Insane asylums in Bengal annual reports 1876-1887 - 1876-1887
Year: 1876
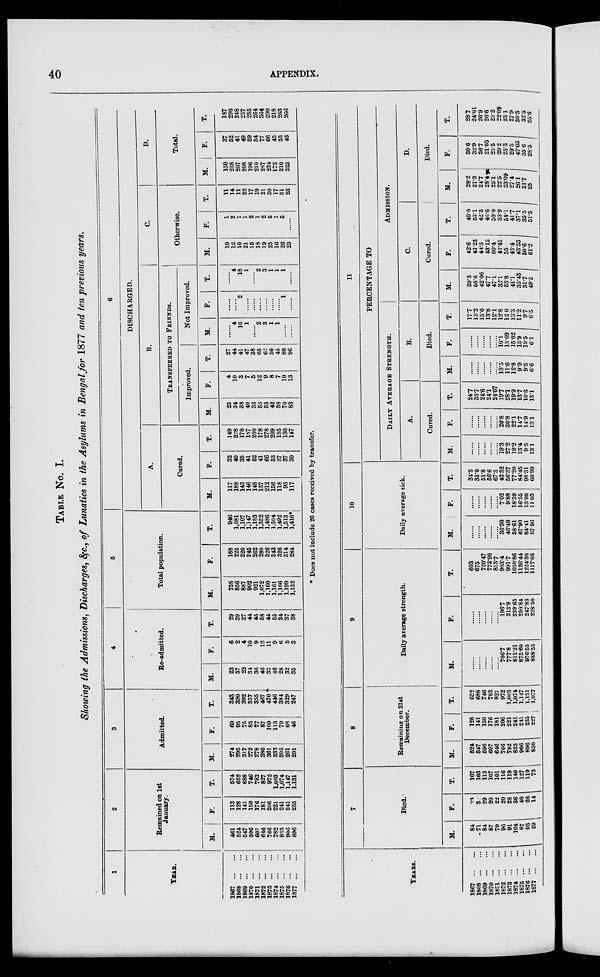
40
APPENDIX.
TABLE No. I.
Showing the Admissions, Discharges, &c., of Lunatics in the Asylums in Bengal for 1877 and ten previous years.
1
YEAR.
1867
...
...
1868
...
...
1869
...
...
1870
...
...
1871
...
...
1872
...
...
1873
...
...
1874
...
...
1875
...
...
1876
...
...
1877
...
...
2
Remained on 1st
January.
M.
461
524
547
596
607
646
766
782
833
906
896
F.
113
128
141
150
176
181
206
221
241
241
235
T.
574
652
688
746
783
827
972
1,003
1,074
1,147
1,131
3
Admitted.
M.
274
295
317
272
278
380
361
333
305
261
201
F.
69
95
75
85
77
87
109
113
79
68
46
T.
343
390
392
357
355
467
470
446
384
329
247
4
Re-admitted.
M.
23
37
23
34
36
46
33
46
28
32
35
F.
6
2
4
10
9
12
11
9
6
5
3
T.
29
39
27
44
45
58
44
55
34
37
38
5
Total population.
M.
758
856
887
902
921
1,072
1,160
1,161
1,166
1,199
1,132
F.
188
225
220
245
262
280
326
343
326
314
284
T.
946
1,081
1,107
1,147
1,183
1,352
1,486
1,504
1,492
1,513
1,416*
6
DISCHARGED.
A.
Cured.
M.
117
188
143
146
148
137
212
156
118
93
117
F.
32
40
35
41
52
41
66
53
37
37
30
T.
149
228
178
187
200
178
278
209
155
130
147
B.
TRANSFERRED TO FRIENDS.
Improved.
M.
23
34
38
40
33
53
53
42
38
70
83
F.
4
10
3
7
5
12
9
8
7
10
13
T.
27
44
41
47
38
65
62
50
45
80
96
Not Improved.
M.
......
4
16
1
......
2
3
1
1
......
......
F.
......
......
2
......
......
......
......
......
......
1
......
T.
......
4
18
1
......
2
3
1
1
1
......
C.
Otherwise.
M.
10
12
10
21
15
18
19
25
16
26
23
F.
1
2
1
1
2
1
2
5
1
5
......
T.
11
14
11
22
17
19
21
30
17
31
23
D.
Total.
M.
150
238
207
208
196
210
287
224
173
210
223
F.
37
52
41
49
59
54
77
66
45
53
43
T.
187
290
248
257
255
264
364
290
218
263
266
* Does not include 26 cases received by transfer.
YEARS.
1867
...
...
1868
...
...
1869
...
...
1870
...
...
1871
...
...
1872
...
...
1873
...
...
1874
...
...
1875
...
...
1876
...
...
1877
...
...
7
Died.
M.
84
71
84
87
79
96
91
104
87
93
59
F.
23
32
29
20
22
20
28
36
40
26
14
T.
107
103
113
107
101
116
119
140
127
119
73
8
Remaining on 31st
December.
M.
524
547
596
607
646
766
782
833
906
896
850
F.
128
141
150
176
181
206
221
241
241
235
227
T.
652
688
746
783
827
972
1,003
1,074
1,147
1,131
1,077
9
Daily average strength.
M.
......
......
......
......
......
706.7
777.8
811.21
875.60
976.55
888.53
F.
......
......
......
......
......
196.7
213.9
239.65
250.84
247.83
228.50
T.
603
675
720.47
773.98
813.7
903.4
991.7
1050.86
1126.44
1224.38
1117.03
10
Daily average sick.
M.
......
......
......
......
......
36.30
46.49
58.61
67.90
84.41
57.96
F.
......
......
......
......
......
7.02
9.88
18.59
16.55
13.90
11.03
T.
34.3
35.0
51.8
56.6
67.3
43.32
56.37
77.20
84.45
98.31
68.99
11
PERCENTAGE TO
DAILY AVERAGE STRENGTH.
A.
Cured.
M.
......
......
......
......
......
19.3
27.2
19.2
13.4
95
13.1
F.
......
......
......
......
......
20.8
30.8
22.1
14.7
14.9
13.1
T.
24.7
33.7
24.6
24.1
24.07
19.7
28.1
19.9
13.7
10.6
13.1
B.
Died.
M.
......
......
......
......
......
13.5
11.6
12.8
9.9
9.5
6.6
F.
......
......
......
......
......
10.1
1309
15.02
15.9
10.5
6.1
T.
17.7
15.2
15.6
13.8
12.1
12.8
12.0
13.3
11.2
9.7
6.5
ADMISSION.
C.
Cured.
M.
39.3
56.6
42.06
47.7
47.1
32.1
53.8
41.1
35.43
31.7
49.5
F.
42.6
41.23
44.3
43.15
60.4
41.41
55
43.4
43.53
50.6
61.2
T.
40.0
53.1
42.5
46.6
50.0
33.9
54.1
41.7
37.1
35.5
51.5
D.
Died.
M.
28.2
21.3
24.7
28.4
25.1
22.5
23.09
27.4
26.1
31.7
25
F.
30.6
32.9
36.7
21.05
25.5
20.2
23.3
29.5
47.05
35.6
28.5
T.
28.7
24.01
26.9
26.6
25.2
22.09
23.1
27.9
30.3
32.5
25.6